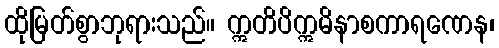
ထိုမြတ်စွာဘုရားသည်။ ဣတိပိဣမိနာစကာရဏေန၊